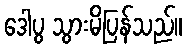
ဒေါပွ သွားမိပြန်သည်။